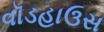
વૉડહાઉસ